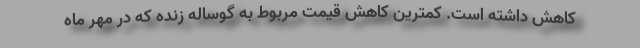
کاهش داشته است. کمترین کاهش قیمت مربوط به گوساله زنده که در مهر ماه